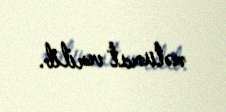
məlumat verilib.